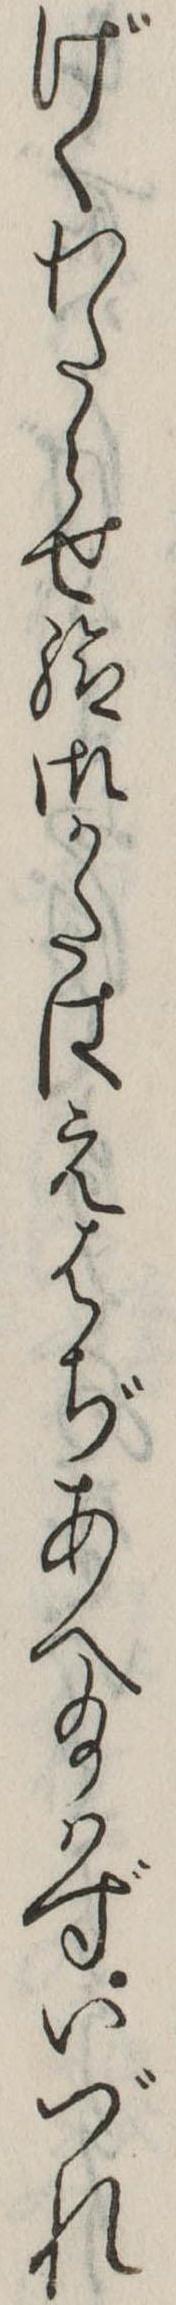
げくわたらせ給御かたはえはぢあへ給はずいづれ